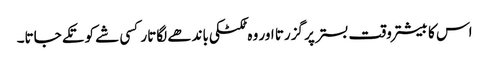
اس کا بیشتر وقت بستر پر گزرتا اور وہ ٹکٹکی باندھے لگاتار کسی شے کو تکے جاتا۔